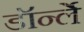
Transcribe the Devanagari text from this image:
डॉर्न्ले